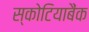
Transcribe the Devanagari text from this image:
स्कोटियाबैंक